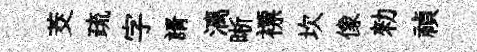
茭疏字諝漓晰褾坎像勑禎